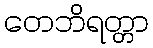
တေဘိရတ္တာ